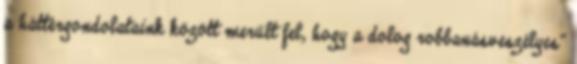
a háttérgondolataink között merült fel, hogy a dolog robbanásveszélyes”